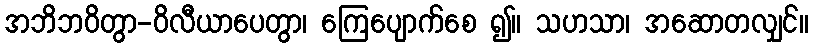
အဘိဘဝိတွာ-ဝိလီယာပေတွာ၊ ကြေပျောက်စေ ၍။ သဟသာ၊ အဆောတလျှင်။